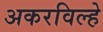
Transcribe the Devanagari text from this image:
अकरविल्हे